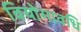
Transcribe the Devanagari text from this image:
वियोगावधि